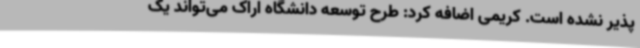
پذیر نشده است. کریمی اضافه کرد: طرح توسعه دانشگاه اراک می‌تواند یک